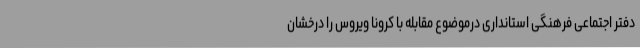
دفتر اجتماعی فرهنگی استانداری درموضوع مقابله با کرونا ویروس را درخشان